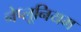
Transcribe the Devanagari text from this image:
नेप्लूनियम